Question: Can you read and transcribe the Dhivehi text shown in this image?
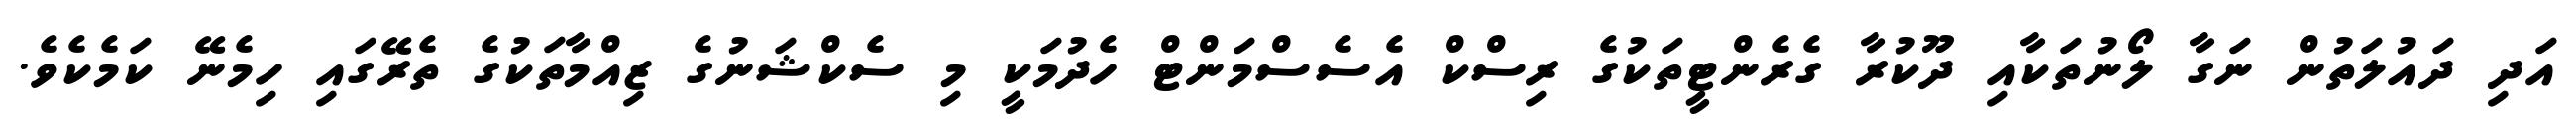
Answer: އަދި ދައުލަތުން ނަގާ ލޯނުތަކާއި ދޫކުރާ ގެރެންޓީތަކުގެ ރިސްކް އެސެސްމަންޓް ހެދުމަކީ މި ސެކްޝަނުގެ ޒިއްމާތަކުގެ ތެރޭގައި ހިމެނޭ ކަމެކެވެ.